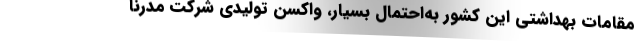
مقامات بهداشتی این کشور به‌احتمال بسیار، واکسن تولیدی شرکت مُدرنا